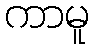
ကာမူ